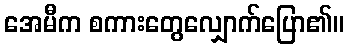
အေမီက စကားတွေလျှောက်ပြော၏။